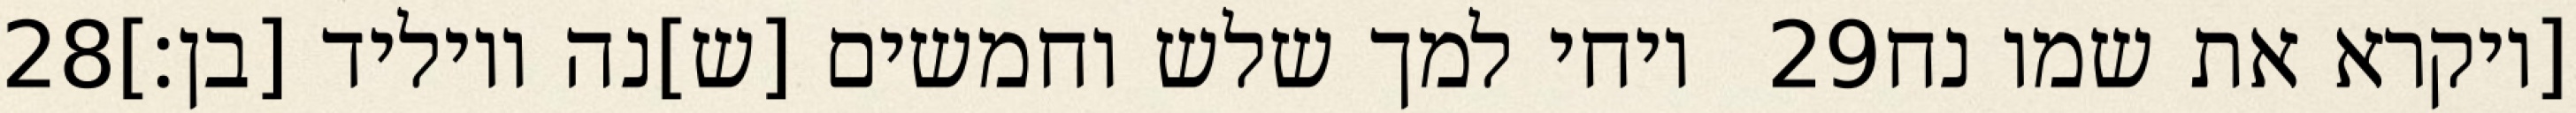
‎28‏ ויחי למך שלש וחמשים [ש]נה ויוליד [בן׃] ‎29‏ [ויקרא את שמו נח